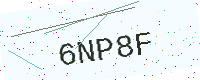
Text: 6NP8F